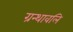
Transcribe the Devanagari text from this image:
ग्रन्थावलि